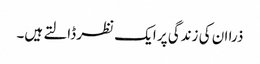
ذرا ان کی زندگی پر ایک نظر ڈالتے ہیں۔